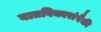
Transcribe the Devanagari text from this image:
वातविकारांपैकी